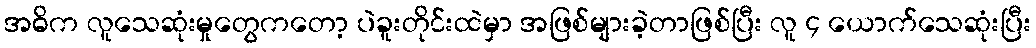
အဓိက လူသေဆုံးမှုတွေကတော့ ပဲခူးတိုင်းထဲမှာ အဖြစ်များခဲ့တာဖြစ်ပြီး လူ ၄ ယောက်သေဆုံးပြီး